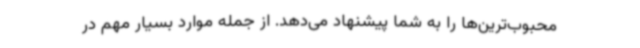
محبوب‌ترین‌ها را به شما پیشنهاد می‌دهد. از جمله موارد بسیار مهم در